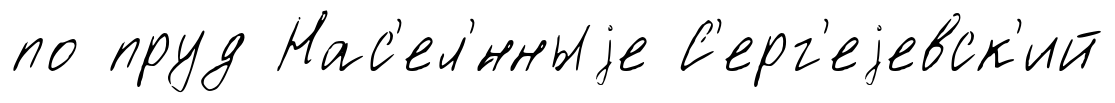
по пруд Нас'ел'́нныjе С'ерг'еjевск'ий